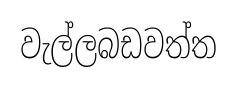
වැල්ලබඩවත්ත